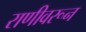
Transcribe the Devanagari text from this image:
राणीवरून